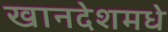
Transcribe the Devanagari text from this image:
खानदेशमधे